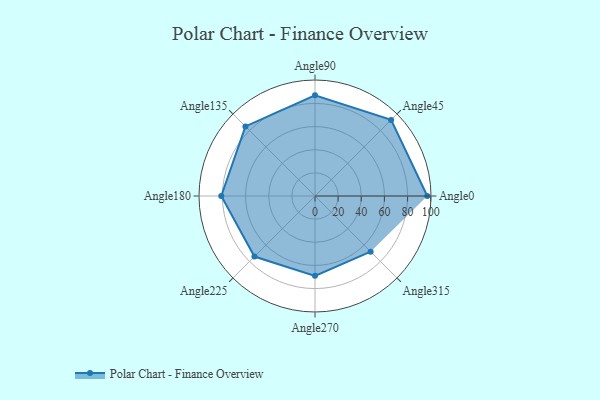
{"axis": {"x": "Angle", "y": "Radius"}, "legend": [""], "data": [{"x": "Angle0", "y": 97.0, "type": ""}, {"x": "Angle45", "y": 93.0, "type": ""}, {"x": "Angle90", "y": 87.0, "type": ""}, {"x": "Angle135", "y": 85.0, "type": ""}, {"x": "Angle180", "y": 81.0, "type": ""}, {"x": "Angle225", "y": 74.0, "type": ""}, {"x": "Angle270", "y": 69.0, "type": ""}, {"x": "Angle315", "y": 68.0, "type": ""}]}